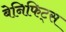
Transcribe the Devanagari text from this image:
बेनिफिट्स